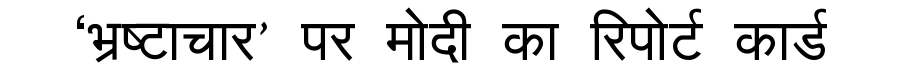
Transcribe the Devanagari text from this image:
‘भ्रष्टाचार’ पर मोदी का रिपोर्ट कार्ड